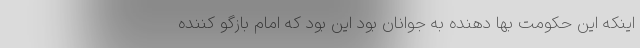
اینکه این حکومت بها دهنده به جوانان بود این بود که امام بازگو کننده